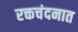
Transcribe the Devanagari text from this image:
रक्तचंदनात